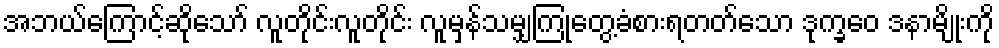
အဘယ်ကြောင့်ဆိုသော် လူတိုင်းလူတိုင်း လူမှန်သမျှကြုံတွေ့ခံစားရတတ်သော ဒုက္ခဝေ ဒနာမျိုးကို